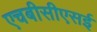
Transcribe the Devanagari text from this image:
एचबीसीएसई